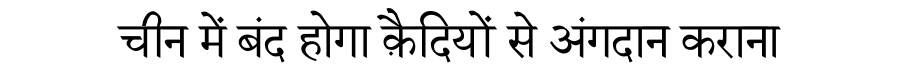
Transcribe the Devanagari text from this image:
चीन में बंद होगा क़ैदियों से अंगदान कराना